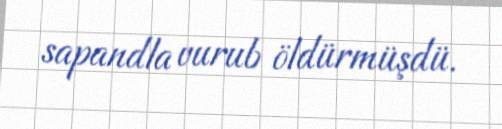
sapandla vurub öldürmüşdü.